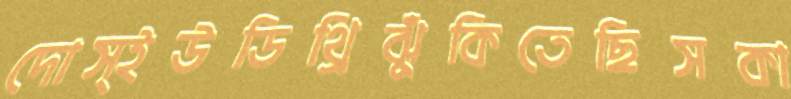
দোস্ইউডিথ্রিঝুঁকিতেছিসকা